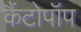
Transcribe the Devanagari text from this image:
कैंटोपॉप